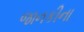
જાનકીના